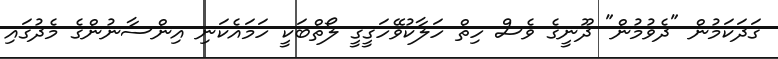
ގަދަކަމުން "ދެވުމުން" ދޫނީގެ ވެސް ހިތް ހަލާކުވޭހަގީގީ ލޯތްބަކީ ހަމައެކަނި އިންސާނުންގެ މެދުގައި